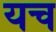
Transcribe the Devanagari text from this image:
यच